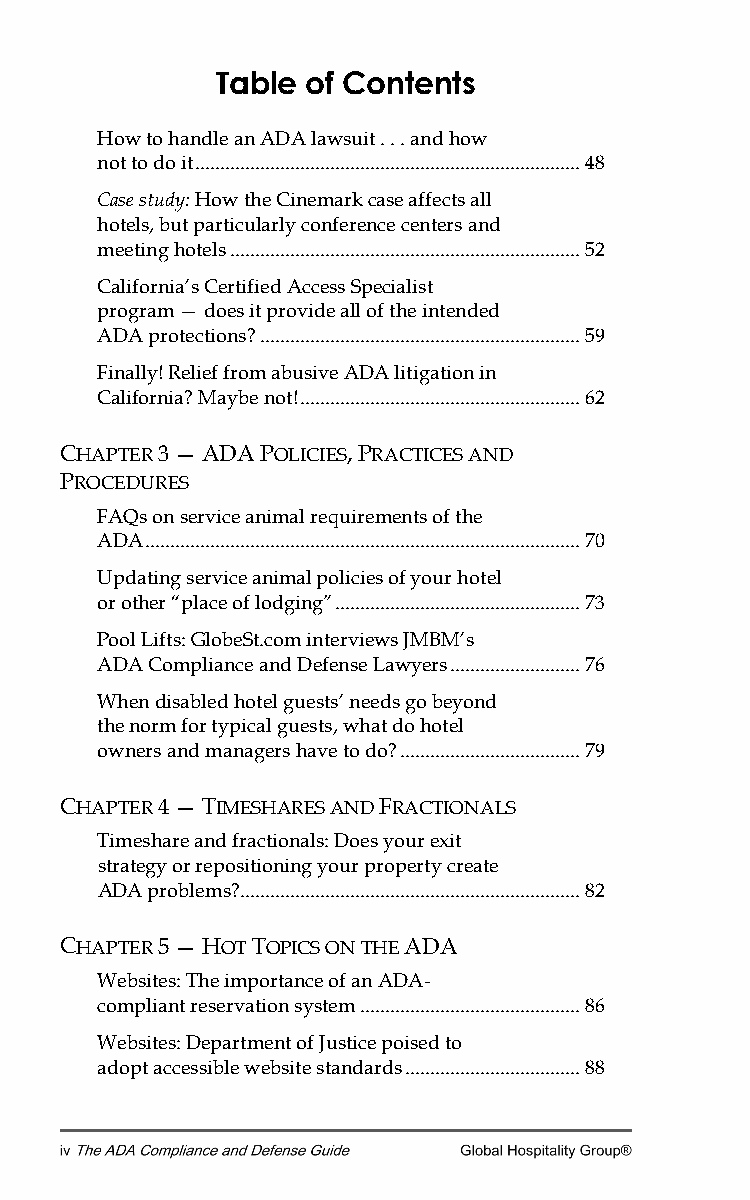
Table of Contents
 How to handle an ADA lawsuit . . . and how
 not to do it ............................................................................. 48
 Case study: How the Cinemark case affects all
 hotels, but particularly conference centers and
 meeting hotels ...................................................................... 52
 California’s Certified Access Specialist
 program — does it provide all of the intended
 ADA protections? ................................................................ 59
 Finally! Relief from abusive ADA litigation in
 California? Maybe not! ........................................................ 62
 CHAPTER 3 — ADA POLICIES, PRACTICES AND
 PROCEDURES
 FAQs on service animal requirements of the
 ADA ....................................................................................... 70
 Updating service animal policies of your hotel
 or other “place of lodging” ................................................. 73
 Pool Lifts: GlobeSt.com interviews JMBM’s
 ADA Compliance and Defense Lawyers .......................... 76
 When disabled hotel guests’ needs go beyond
 the norm for typical guests, what do hotel
 owners and managers have to do? .................................... 79
 CHAPTER 4 — TIMESHARES AND FRACTIONALS
 Timeshare and fractionals: Does your exit
 strategy or repositioning your property create
 ADA problems? .................................................................... 82
 CHAPTER 5 — HOT TOPICS ON THE ADA
 Websites: The importance of an ADA-
 compliant reservation system ............................................ 86
 Websites: Department of Justice poised to
 adopt accessible website standards ................................... 88